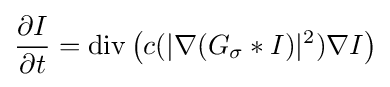
{\frac {\partial I}{\partial t}}=\operatorname {div} \left(c(|\nabla (G_{\sigma }*I)|^{2})\nabla I\right)